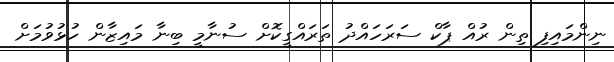
ނިންމައިފި ތިން ރުއް ޕާކް ސަރަހައްދު ތަރައްގީކޮށް ސުނާމީ ބިނާ މައިޒާން ހުޅުވުމަށް